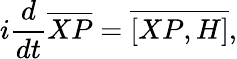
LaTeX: i\frac{d}{dt}\overline{{{XP}}}=\overline{{{[XP,H]}}},